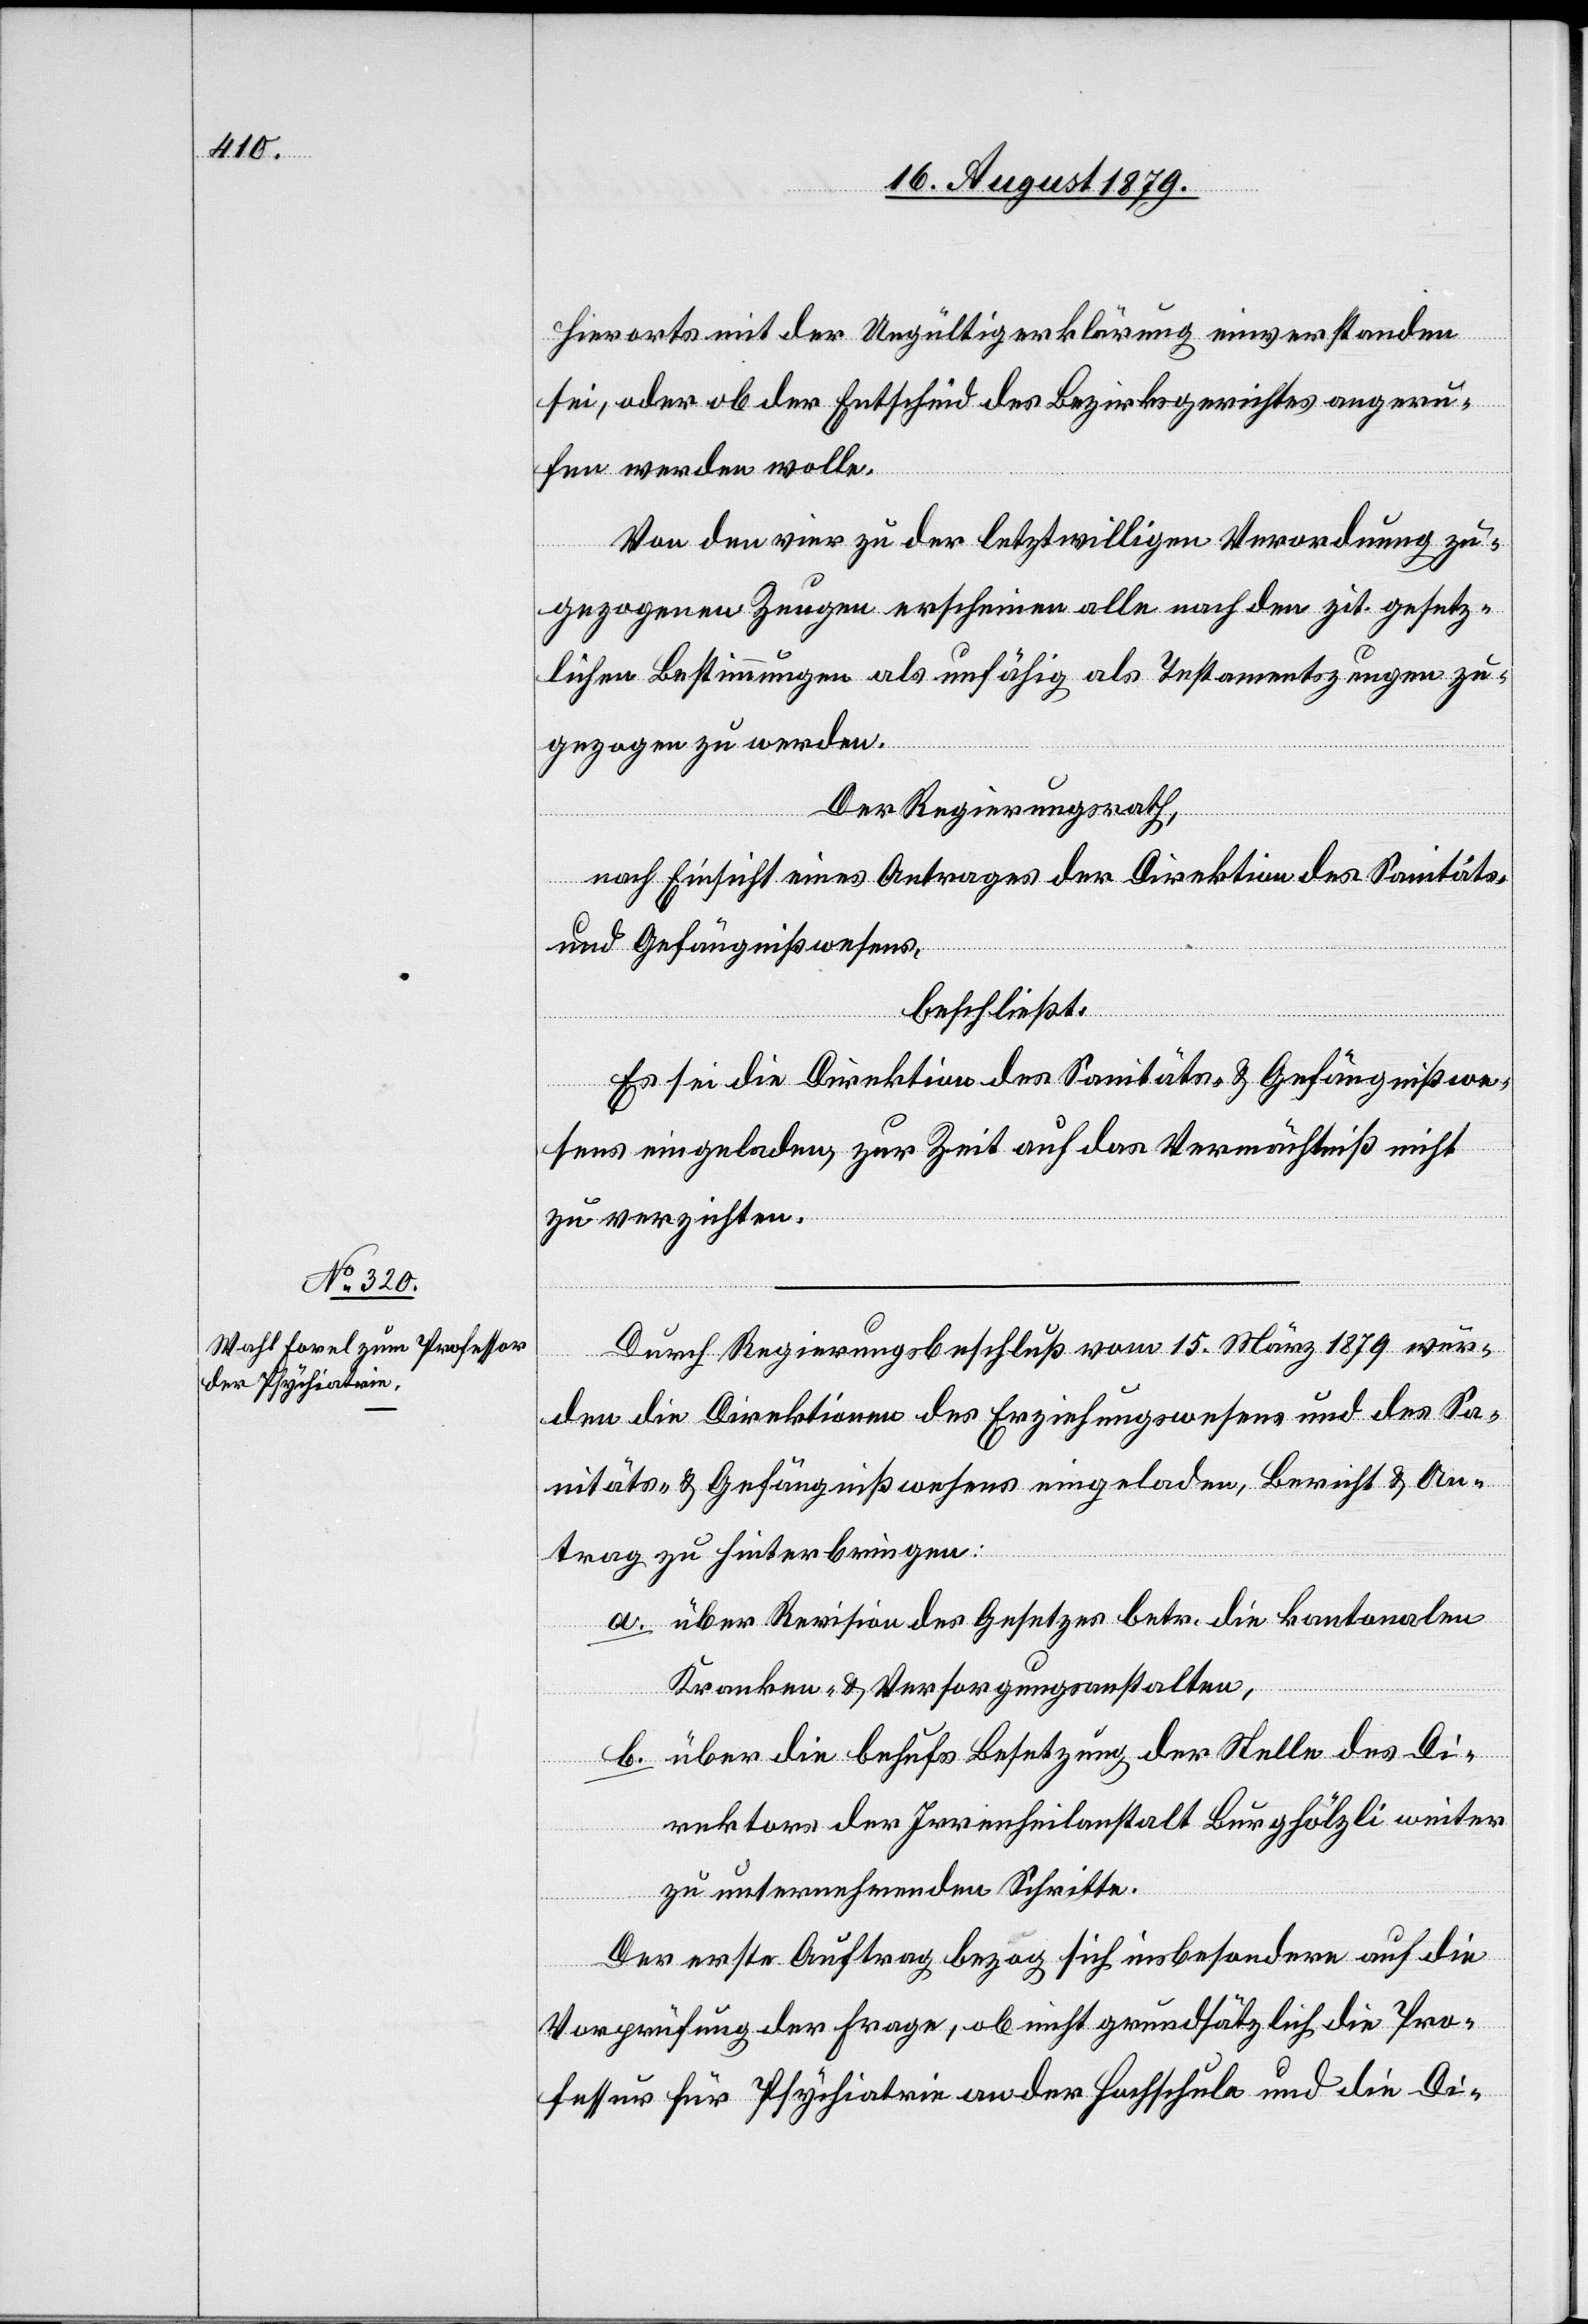
hierorts mit der Ungültigerklärung einverstanden
sei, oder ob der Entscheid des Bezirksgerichtes angeru¬
fen werden wolle.
Von den vier zu der letztwilligen Verordnung zu¬
gezogenen Zeugen erscheinen alle nach den zit. gesetz¬
lichen Bestimmungen als unfähig als Testamentszeugen zu¬
Der Regierungsrath,
nach Einsicht eines Antrages der Direktion des Sanitäts-
& Gefängnißwesens,
beschließt:
Es sei die Direktion des Sanitäts- & Gefängnißwe¬
sens eingeladen, zur Zeit auf das Vermächtniß nicht
zu verzichten.
Durch Regierungsbeschluß vom 15. März 1879 wur¬
b.
den die Direktionen des Erziehungswesens und des Sa¬
nitäts- & Gefängnißwesens eingeladen, Bericht & An¬
trag zu hinterbringen:
über Revision des Gesetzes betr. die kantonalen
Kranken- & Versorgungsanstalten,
über die behufs Besetzung der Stelle des Di¬
rektors der Irrenheilanstalt Burghölzli weiter
zu unternehmenden Schritte.
werden.
Der erste Auftrag bezog sich insbesondere auf die
Vorprüfung der Frage, ob nicht grundsätzlich die Pro¬
fessur für Psychiatrie an der Hochschule und die Di-